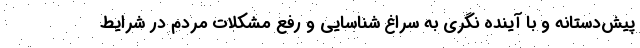
پیش‌دستانه و با آینده نگری به سراغ شناسایی و رفع مشکلات مردم در شرایط